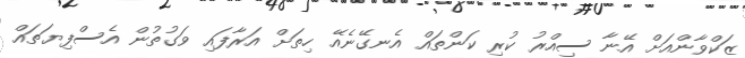
ޒަކްވާންއަށް އޭނާ ސިއްރު ކުރި ކަންތައް އެނގޭނެއޭ ހިތަށް އަރާފައި ވަގުތުން އެސްފިޔަތައް